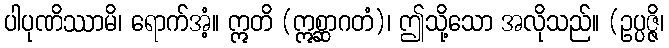
ပါပုဏိဿာမိ၊ ရောက်အံ့။ ဣတိ (ဣစ္ဆာဂတံ)၊ ဤသို့သော အလိုသည်။ (ဥပ္ပဇ္ဇိ၊